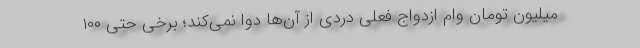
میلیون تومان وام ازدواج فعلی دردی از آن‌ها دوا نمی‌کند؛ برخی حتی ۱۰۰